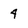
Character: 4